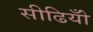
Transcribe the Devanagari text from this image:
सीढियोँ